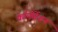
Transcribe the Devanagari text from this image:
काॅपोर्रेशन